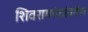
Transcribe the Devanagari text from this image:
शिवरामपंतांवरील